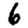
Digit: 6